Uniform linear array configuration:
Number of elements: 16
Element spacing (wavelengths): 0.5
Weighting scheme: cosine
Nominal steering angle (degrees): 0
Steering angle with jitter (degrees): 1.394
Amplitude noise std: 0.05
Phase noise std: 0.05

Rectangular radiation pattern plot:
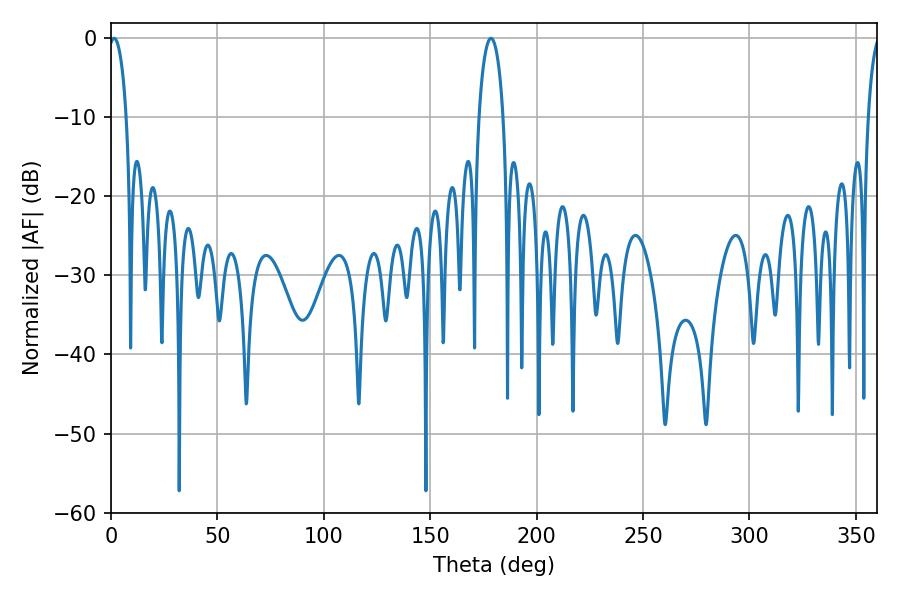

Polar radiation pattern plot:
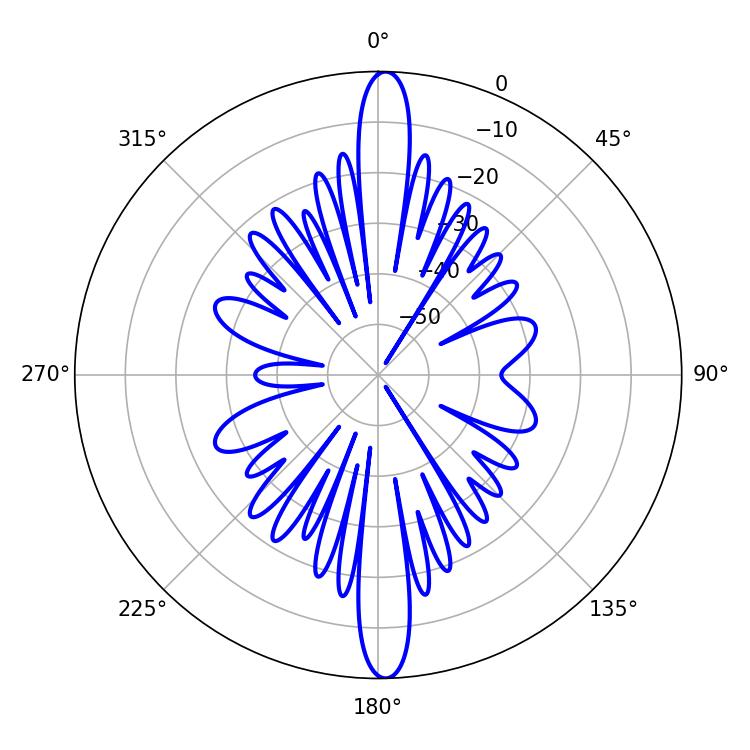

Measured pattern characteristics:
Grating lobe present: FALSE
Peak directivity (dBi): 25.467
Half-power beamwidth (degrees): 6.48
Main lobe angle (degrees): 178.56